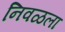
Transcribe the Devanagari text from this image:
निवळला